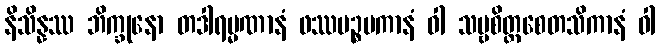
နိသိန္နဿ ဘိက္ခုနော တဒါရမ္မဏာနံ ဖဿပဉ္စမကာနံ ဝါ သဗ္ဗစိတ္တစေတသိကာနံ ဝါ